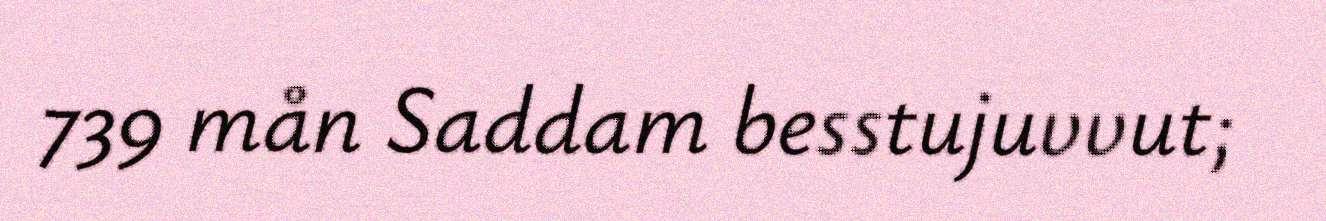
739 mån Saddam besstujuvvut;